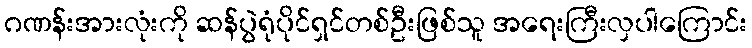
ဂဏန်းအားလုံးကို ဆန်ပွဲရုံပိုင်ရှင်တစ်ဦးဖြစ်သူ အရေးကြီးလှပါကြောင်း